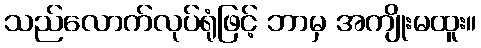
သည်လောက်လုပ်ရုံဖြင့် ဘာမှ အကျိုးမထူး။